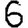
Digit: 6